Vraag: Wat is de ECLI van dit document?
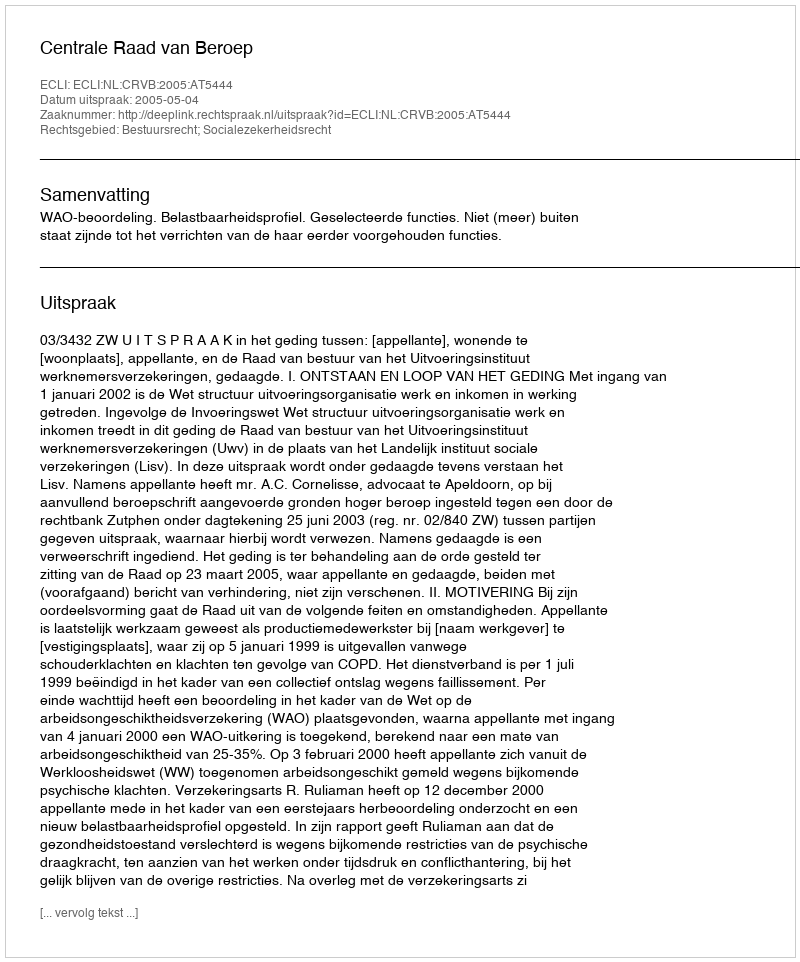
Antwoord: ECLI:NL:CRVB:2005:AT5444